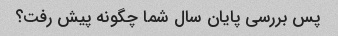
پس بررسی پایان سال شما چگونه پیش رفت؟